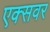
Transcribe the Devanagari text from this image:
एक्सवर